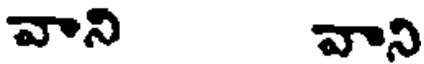
వాని వాని